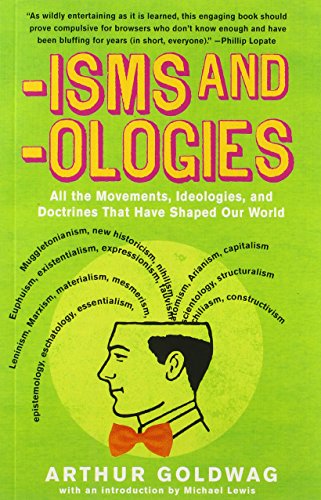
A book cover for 'Isms & 'Ologies: All the Movements, Ideologies and Doctrines That Have Shaped Our World; Arthur Goldwag; Politics & Social Sciences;